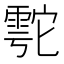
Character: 𲉹